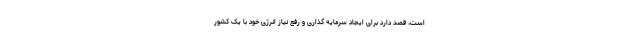
است، قصد دارد برای ایجاد سرمایه گذاری و رفع نیاز انرژی خود با یک کشور